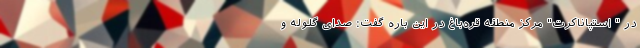
در " استپاناکرت" مرکز منطقه قره‌باغ در این باره گفت: صدای گلوله و